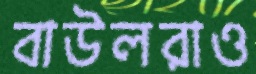
বাউলরাও